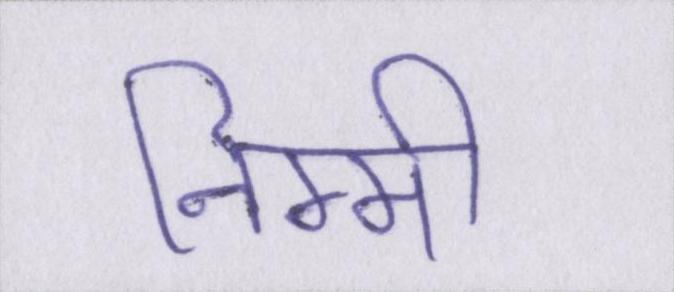
निम्मी